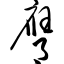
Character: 膺